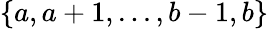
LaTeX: \{ a,a+1,...,b-1,b\}